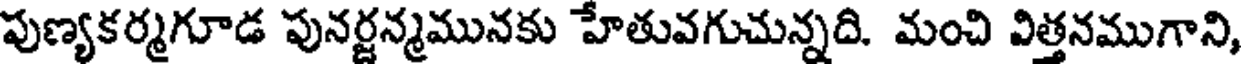
పుణ్యకర్మగూడ పునర్జన్మమునకు హేతువగుచున్నది. మంచి విత్తనముగాని,